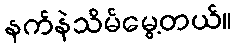
နက်နဲသိမ်မွေ့တယ်။